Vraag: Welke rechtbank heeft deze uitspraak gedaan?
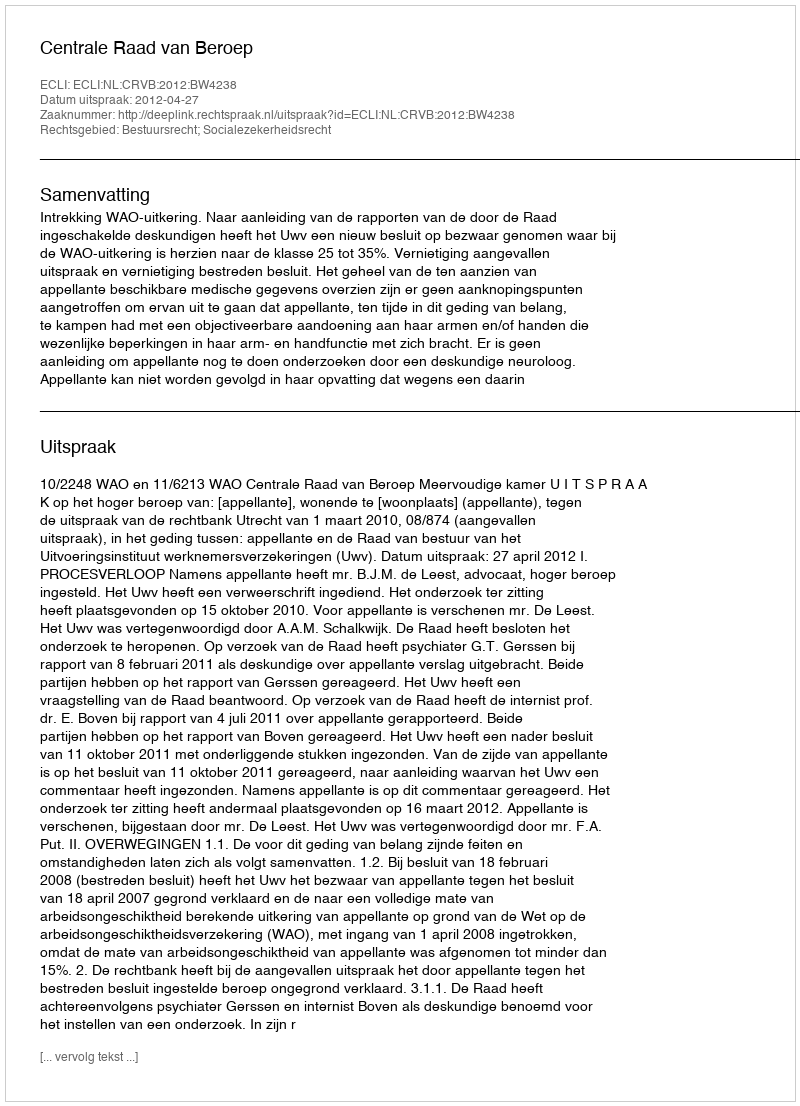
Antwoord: Centrale Raad van Beroep